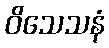
ဝိသေသနံ